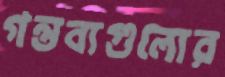
গন্তব্যগুলোর